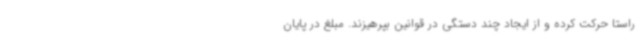
راستا حرکت کرده و از ایجاد چند دستگی در قوانین بپرهیزند. مبلغ در پایان